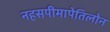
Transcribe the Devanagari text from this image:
नहसपीमापेतिलोन